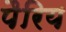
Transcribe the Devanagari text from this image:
पैरिय